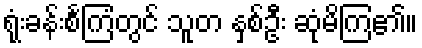
ရုံးခန်းစင်္ကြံတွင် သူတ နှစ်ဦး ဆုံမိကြ၏။